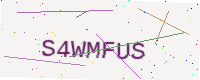
Text: S4WMFUS